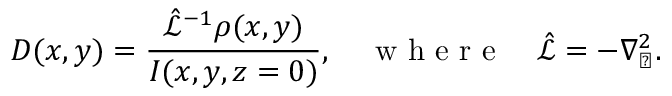
D ( x , y ) = \frac { \hat { \mathcal { L } } ^ { - 1 } \rho ( x , y ) } { I ( x , y , z = 0 ) } , \quad \textrm { w h e r e } \quad \hat { \mathcal { L } } = - \nabla _ { \perp } ^ { 2 } .